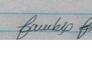
Signature authenticity: genuine